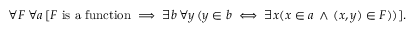
\forall F \, \forall a \, [ F { \mathrm { ~ i s ~ a ~ f u n c t i o n } } \implies \exists b \, \forall y \, ( y \in b \iff \exists x ( x \in a \, \land \, ( x , y ) \in F ) ) ] .